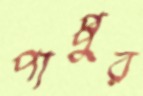
পাপ্পুর